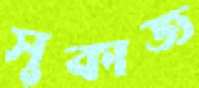
সুকাজ